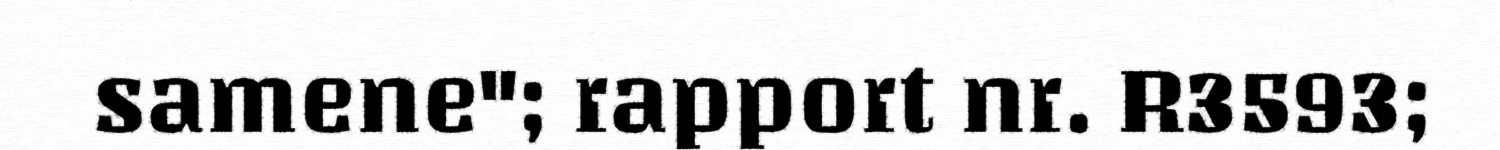
samene"; rapport nr. R3593;